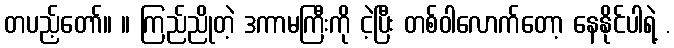
တပည့်တော်။ ။ ကြည်ညိုတဲ့ ဒကာမကြီးကို ငဲ့ပြီး တစ်ဝါလောက်တော့ နေနိုင်ပါရဲ့ .